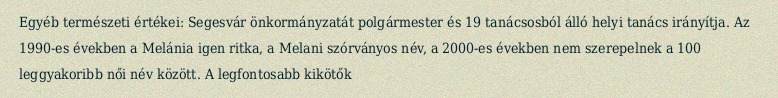
Egyéb természeti értékei: Segesvár önkormányzatát polgármester és 19 tanácsosból álló helyi tanács irányítja. Az 1990-es években a Melánia igen ritka, a Melani szórványos név, a 2000-es években nem szerepelnek a 100 leggyakoribb női név között. A legfontosabb kikötők